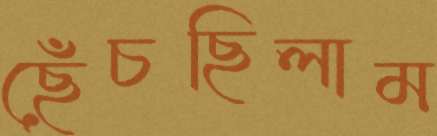
ছেঁচছিলাম